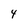
Character: 4